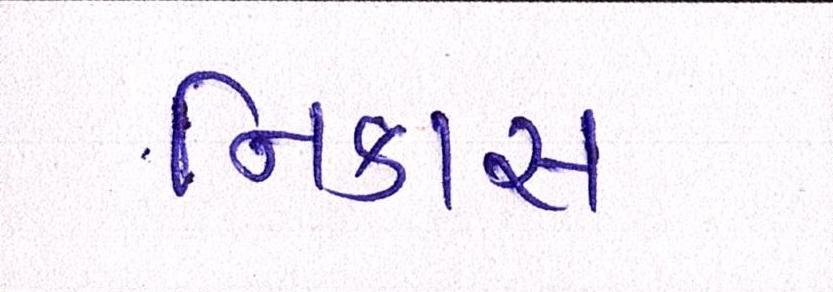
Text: નિકાસ